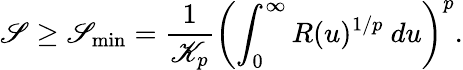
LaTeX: \mathscr{S}\geq\mathscr{S}_{\mathrm{min}}=\frac{1}{\mathscr{K}_{p}}\left(\int_{0}^{\infty}R(u)^{1/p}~du\right)^{p}.